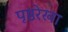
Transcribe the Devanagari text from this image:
पृष्ठरेखा